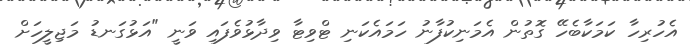
އެހުރިހާ ކަމަކާބެހޭ ގޮތުން އެމަނިކުފާނު ހަމައެކަނި ޓްވިޓާ ވިދާޅުވެފައި ވަނީ "އަޅުގަނޑު މަޖިލީހަށް